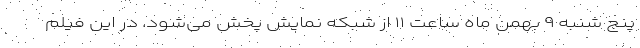
پنج شنبه ۹ بهمن ماه ساعت ۱۱ از شبکه نمایش پخش می‌شود. در این فیلم